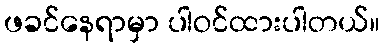
ဖခင်နေရာမှာ ပါဝင်ထားပါတယ်။